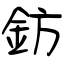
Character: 鈁